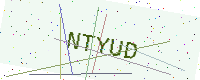
Text: NTYUD